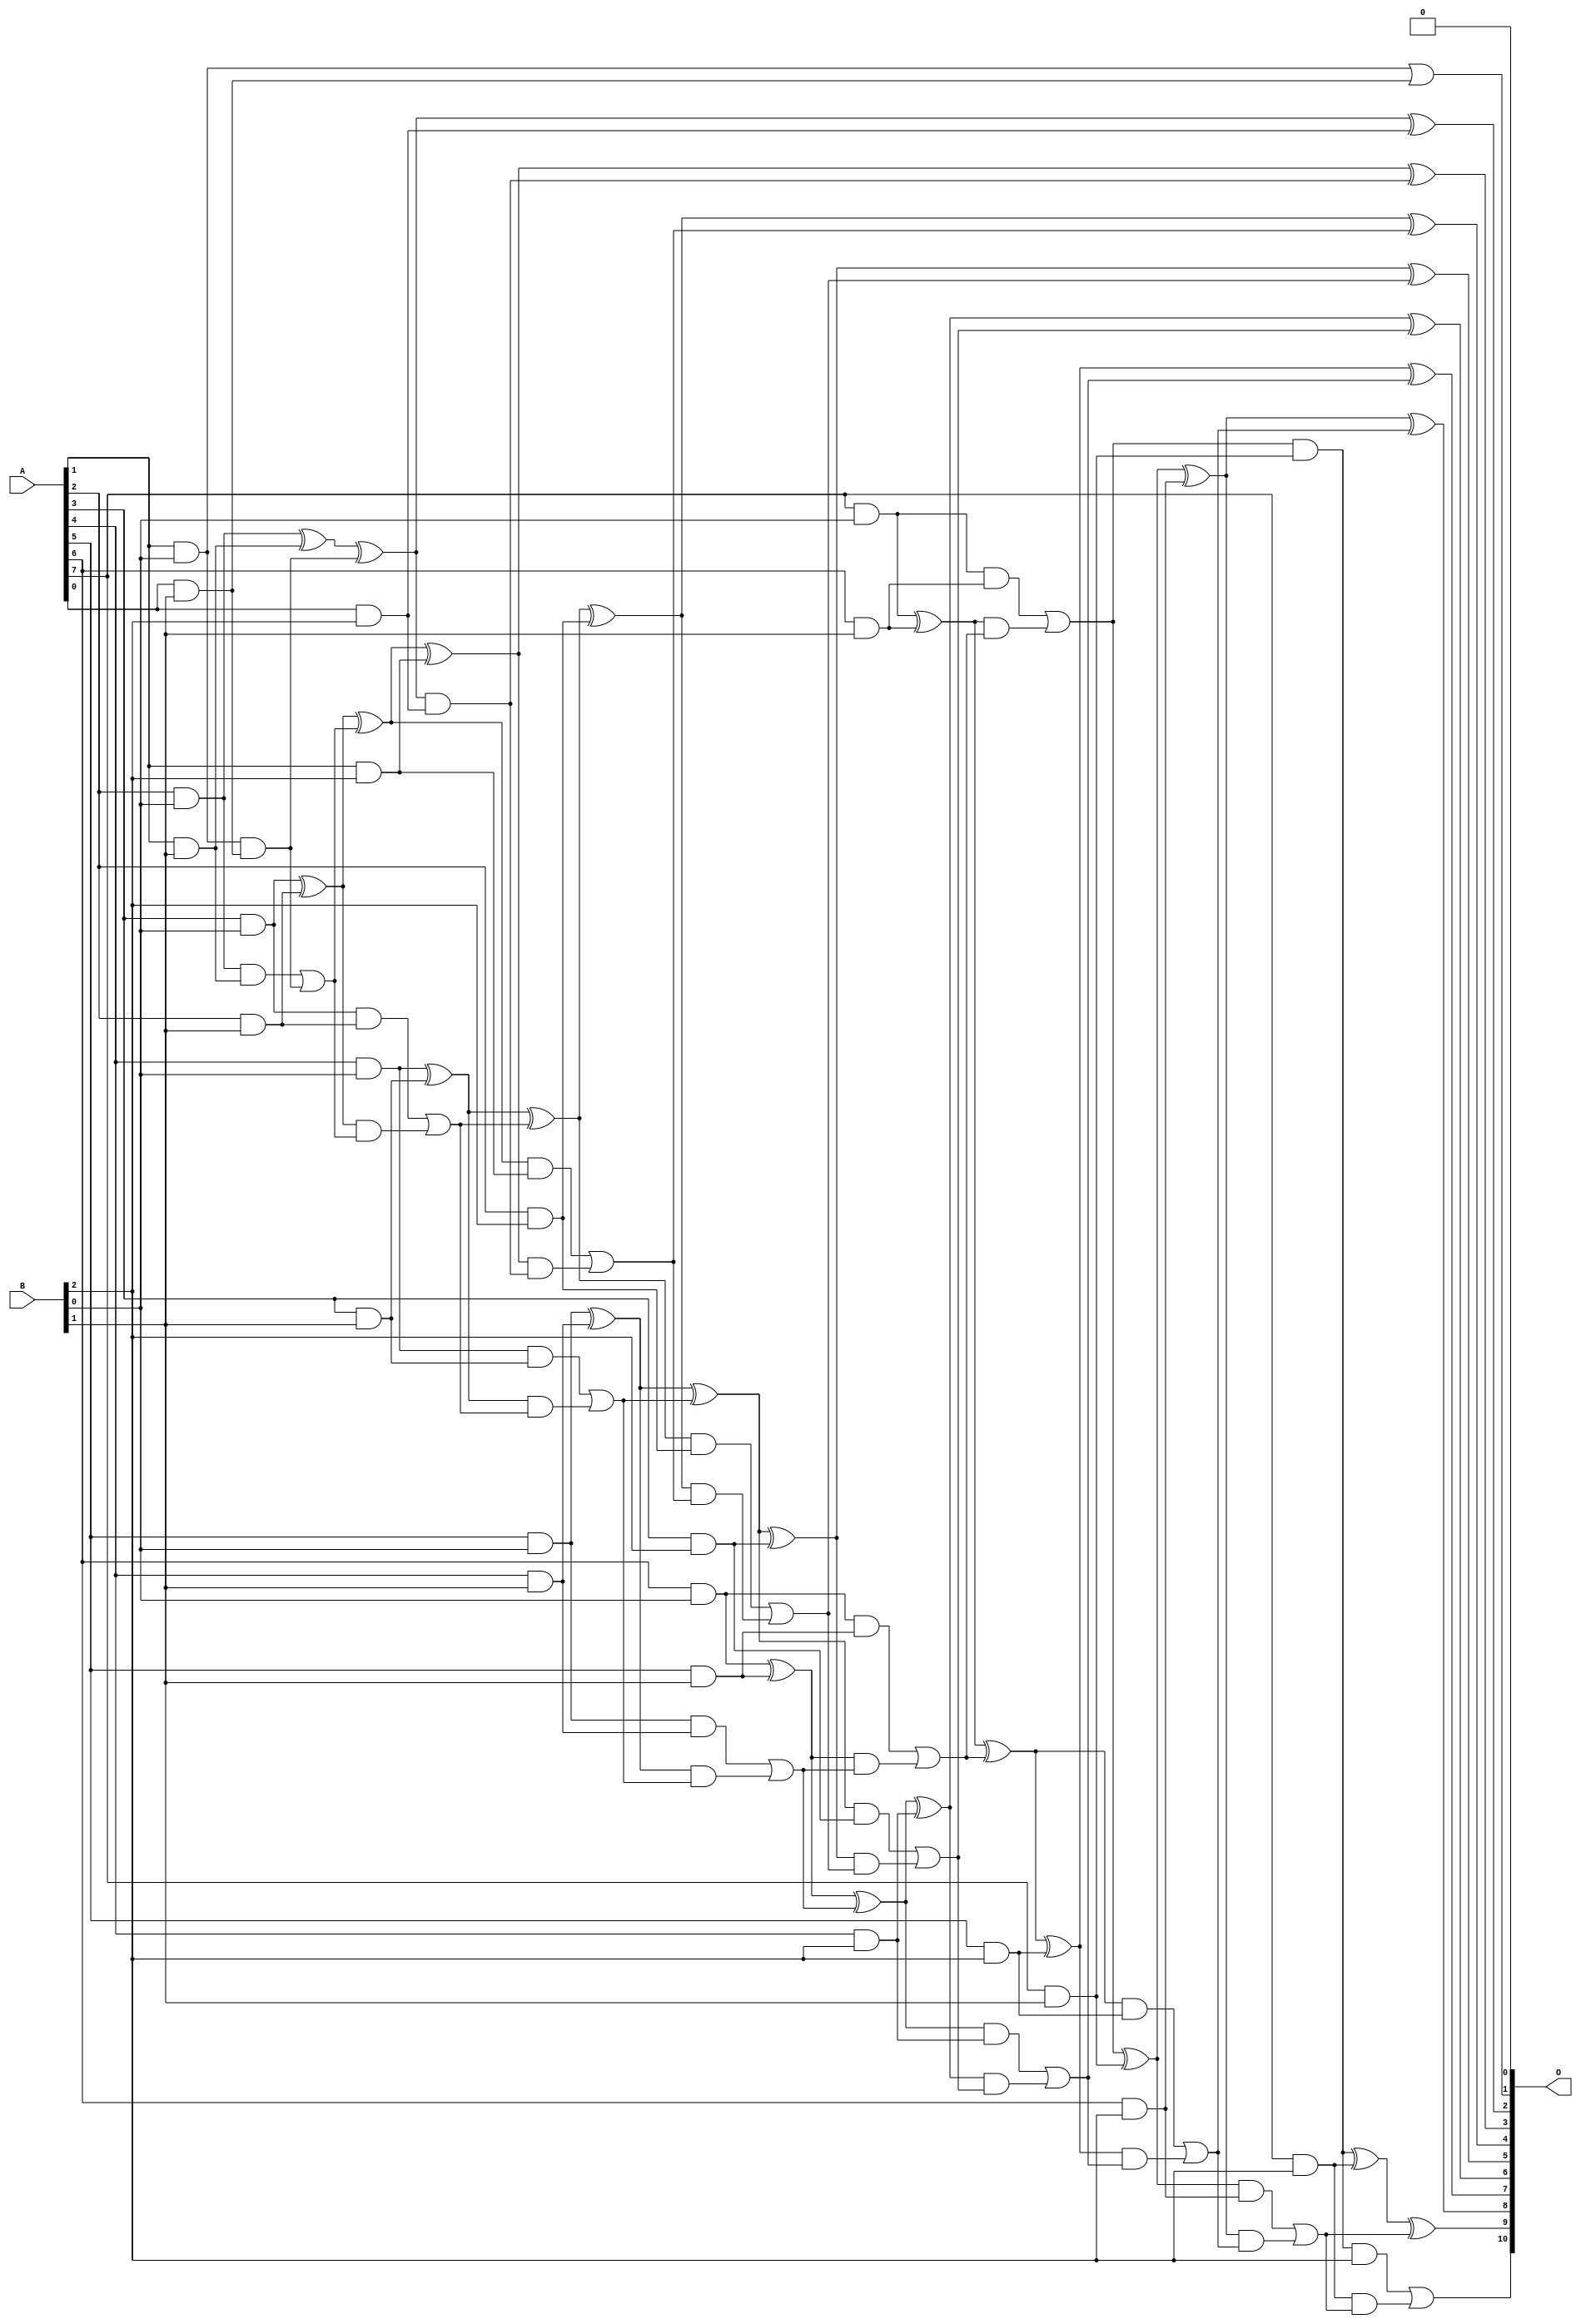
// This program was cloned from: https://github.com/ehw-fit/evoapproxlib
// License: MIT License

/***
* This code is a part of EvoApproxLib library (ehw.fit.vutbr.cz/approxlib) distributed under The MIT License.
* When used, please cite the following article(s): V. Mrazek, L. Sekanina, Z. Vasicek "Libraries of Approximate Circuits: Automated Design and Application in CNN Accelerators" IEEE Journal on Emerging and Selected Topics in Circuits and Systems, Vol 10, No 4, 2020 
* This file contains a circuit from a sub-set of pareto optimal circuits with respect to the pwr and ep parameters
***/
// MAE% = 0.012 %
// MAE = 0.25 
// WCE% = 0.049 %
// WCE = 1.0 
// WCRE% = 100.00 %
// EP% = 25.00 %
// MRE% = 0.32 %
// MSE = 0.25 
// PDK45_PWR = 0.075 mW
// PDK45_AREA = 210.7 um2
// PDK45_DELAY = 1.00 ns

module mul8x3u_1R5 (
    A,
    B,
    O
);

input [7:0] A;
input [2:0] B;
output [10:0] O;

wire sig_12,sig_13,sig_14,sig_15,sig_16,sig_17,sig_18,sig_19,sig_20,sig_21,sig_22,sig_23,sig_24,sig_25,sig_26,sig_27,sig_28,sig_29,sig_30,sig_32;
wire sig_33,sig_34,sig_35,sig_36,sig_37,sig_38,sig_39,sig_40,sig_41,sig_42,sig_43,sig_44,sig_45,sig_46,sig_47,sig_48,sig_49,sig_50,sig_51,sig_52;
wire sig_53,sig_54,sig_55,sig_56,sig_57,sig_58,sig_59,sig_60,sig_61,sig_62,sig_63,sig_64,sig_65,sig_66,sig_67,sig_68,sig_69,sig_70,sig_71,sig_72;
wire sig_73,sig_74,sig_75,sig_76,sig_77,sig_78,sig_79,sig_80,sig_81,sig_82,sig_83,sig_84,sig_85,sig_86,sig_87,sig_88,sig_89,sig_90,sig_91,sig_92;
wire sig_93,sig_94,sig_95,sig_96,sig_97,sig_98,sig_99,sig_100,sig_101,sig_102,sig_103,sig_104,sig_105;

assign sig_12 = A[1] & B[0];
assign sig_13 = A[2] & B[0];
assign sig_14 = A[3] & B[0];
assign sig_15 = A[4] & B[0];
assign sig_16 = A[5] & B[0];
assign sig_17 = A[6] & B[0];
assign sig_18 = A[7] & B[0];
assign sig_19 = A[0] & B[1];
assign sig_20 = A[1] & B[1];
assign sig_21 = A[2] & B[1];
assign sig_22 = A[3] & B[1];
assign sig_23 = A[4] & B[1];
assign sig_24 = A[5] & B[1];
assign sig_25 = A[6] & B[1];
assign sig_26 = A[7] & B[1];
assign sig_27 = sig_12 & sig_19;
assign sig_28 = sig_12 | sig_19;
assign sig_29 = sig_13 ^ sig_20;
assign sig_30 = sig_13 & sig_20;
assign sig_32 = sig_29 ^ sig_27;
assign sig_33 = sig_30 | sig_27;
assign sig_34 = sig_14 ^ sig_21;
assign sig_35 = sig_14 & sig_21;
assign sig_36 = sig_34 & sig_33;
assign sig_37 = sig_34 ^ sig_33;
assign sig_38 = sig_35 | sig_36;
assign sig_39 = sig_15 ^ sig_22;
assign sig_40 = sig_15 & sig_22;
assign sig_41 = sig_39 & sig_38;
assign sig_42 = sig_39 ^ sig_38;
assign sig_43 = sig_40 | sig_41;
assign sig_44 = sig_16 ^ sig_23;
assign sig_45 = sig_16 & sig_23;
assign sig_46 = sig_44 & sig_43;
assign sig_47 = sig_44 ^ sig_43;
assign sig_48 = sig_45 | sig_46;
assign sig_49 = sig_17 ^ sig_24;
assign sig_50 = sig_17 & sig_24;
assign sig_51 = sig_49 & sig_48;
assign sig_52 = sig_49 ^ sig_48;
assign sig_53 = sig_50 | sig_51;
assign sig_54 = sig_18 ^ sig_25;
assign sig_55 = sig_18 & sig_25;
assign sig_56 = sig_54 & sig_53;
assign sig_57 = sig_54 ^ sig_53;
assign sig_58 = sig_55 | sig_56;
assign sig_59 = sig_58 & sig_26;
assign sig_60 = sig_58 ^ sig_26;
assign sig_61 = A[0] & B[2];
assign sig_62 = A[1] & B[2];
assign sig_63 = A[2] & B[2];
assign sig_64 = A[3] & B[2];
assign sig_65 = A[4] & B[2];
assign sig_66 = A[5] & B[2];
assign sig_67 = A[6] & B[2];
assign sig_68 = A[7] & B[2];
assign sig_69 = sig_32 & sig_61;
assign sig_70 = sig_32 ^ sig_61;
assign sig_71 = sig_37 ^ sig_62;
assign sig_72 = sig_37 & sig_62;
assign sig_73 = sig_71 & sig_69;
assign sig_74 = sig_71 ^ sig_69;
assign sig_75 = sig_72 | sig_73;
assign sig_76 = sig_42 ^ sig_63;
assign sig_77 = sig_42 & sig_63;
assign sig_78 = sig_76 & sig_75;
assign sig_79 = sig_76 ^ sig_75;
assign sig_80 = sig_77 | sig_78;
assign sig_81 = sig_47 ^ sig_64;
assign sig_82 = sig_47 & sig_64;
assign sig_83 = sig_81 & sig_80;
assign sig_84 = sig_81 ^ sig_80;
assign sig_85 = sig_82 | sig_83;
assign sig_86 = sig_52 ^ sig_65;
assign sig_87 = sig_52 & sig_65;
assign sig_88 = sig_86 & sig_85;
assign sig_89 = sig_86 ^ sig_85;
assign sig_90 = sig_87 | sig_88;
assign sig_91 = sig_57 ^ sig_66;
assign sig_92 = sig_57 & sig_66;
assign sig_93 = sig_91 & sig_90;
assign sig_94 = sig_91 ^ sig_90;
assign sig_95 = sig_92 | sig_93;
assign sig_96 = sig_60 ^ sig_67;
assign sig_97 = sig_60 & sig_67;
assign sig_98 = sig_96 & sig_95;
assign sig_99 = sig_96 ^ sig_95;
assign sig_100 = sig_97 | sig_98;
assign sig_101 = sig_59 ^ sig_68;
assign sig_102 = sig_59 & B[2];
assign sig_103 = sig_68 & sig_100;
assign sig_104 = sig_101 ^ sig_100;
assign sig_105 = sig_102 | sig_103;

assign O[10] = sig_105;
assign O[9] = sig_104;
assign O[8] = sig_99;
assign O[7] = sig_94;
assign O[6] = sig_89;
assign O[5] = sig_84;
assign O[4] = sig_79;
assign O[3] = sig_74;
assign O[2] = sig_70;
assign O[1] = sig_28;
assign O[0] = 1'b0;

endmodule